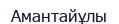
Амантайұлы